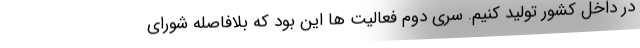
در داخل کشور تولید کنیم. سری دوم فعالیت ها این بود که بلافاصله شورای